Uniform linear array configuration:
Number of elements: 64
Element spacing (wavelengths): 0.75
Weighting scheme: kaiser
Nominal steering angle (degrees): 30
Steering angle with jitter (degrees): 28.261
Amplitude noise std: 0.05
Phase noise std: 0.05

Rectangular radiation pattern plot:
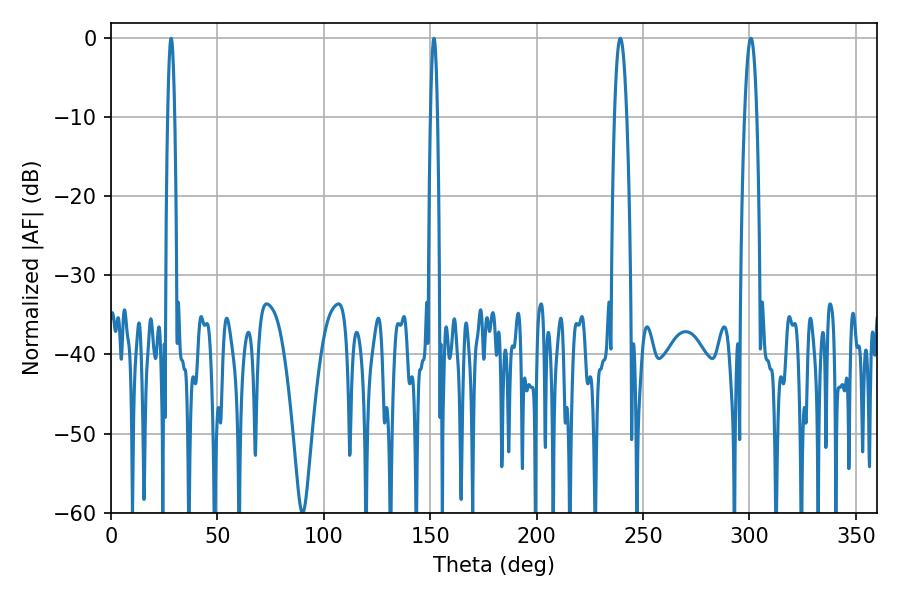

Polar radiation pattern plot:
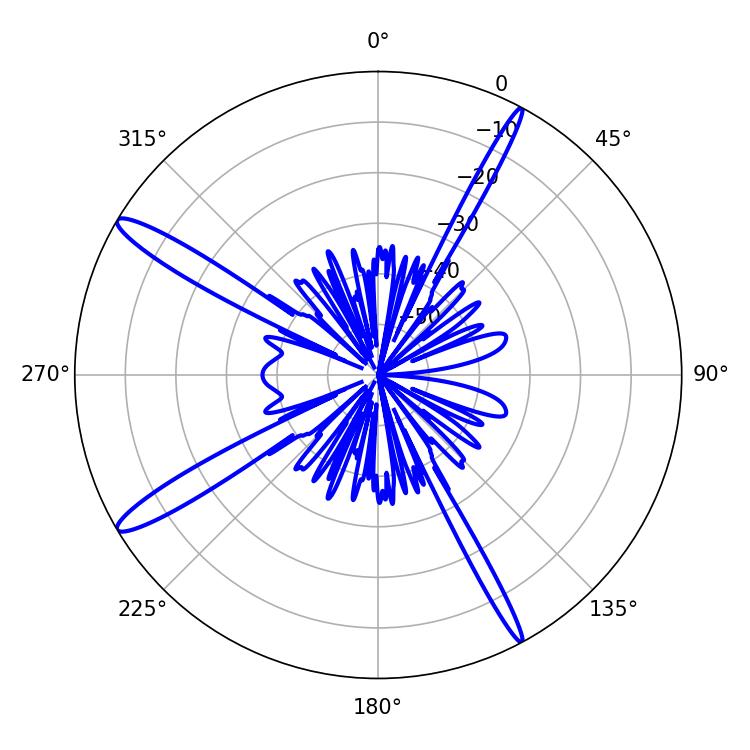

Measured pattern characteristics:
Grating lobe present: TRUE
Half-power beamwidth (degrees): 1.8
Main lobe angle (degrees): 28.26